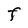
Character: F